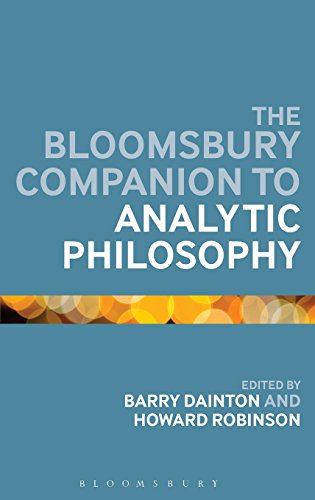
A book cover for The Bloomsbury Companion to Analytic Philosophy (Bloomsbury Companions); Politics & Social Sciences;